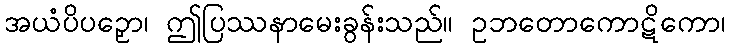
အယံပိပဉှော၊ ဤပြဿနာမေးခွန်းသည်။ ဥဘတောကောဋိကော၊